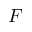
F